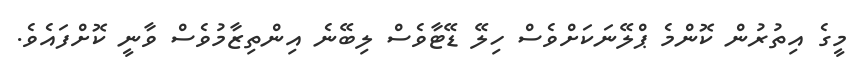
މީގެ އިތުރުން ކޮންމެ ޕްލޭނަކަށްވެސް ހިލޭ ޑޭޓާވެސް ލިބޭނެ އިންތިޒާމުވެސް ވާނީ ކޮށްފައެވެ.